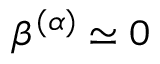
\beta ^ { ( \alpha ) } \simeq 0